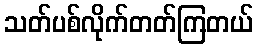
သတ်ပစ်လိုက်တတ်ကြတယ်